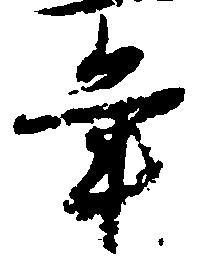
年